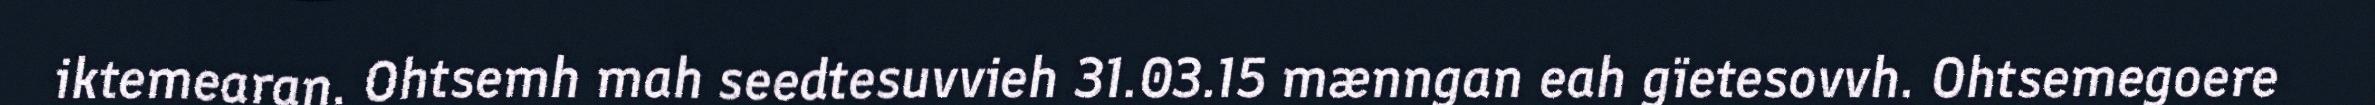
iktemearan. Ohtsemh mah seedtesuvvieh 31.03.15 mænngan eah gïetesovvh. Ohtsemegoere